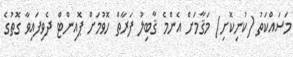
މަސައްކަތު (ކުނިކޮށި) މަޤާމަށް އެންމެ ޤާބިލު ފަރާތް ހޮވުމަށް ޕޮއިންޓް ދެވިފައިވާ ގޮތުގެ